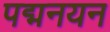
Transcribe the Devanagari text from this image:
पद्मनयन